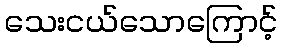
သေးငယ်သောကြောင့်